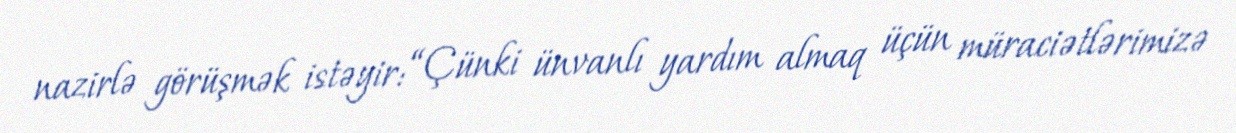
nazirlə görüşmək istəyir: “Çünki ünvanlı yardım almaq üçün müraciətlərimizə